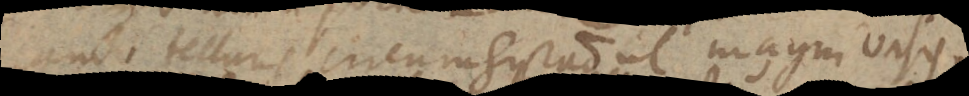
cando telluris circumgyratio ut magni vasis.